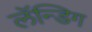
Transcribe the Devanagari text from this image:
लॅन्डिग